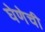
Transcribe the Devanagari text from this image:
घेणेची